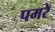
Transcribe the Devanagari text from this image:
पमरे